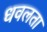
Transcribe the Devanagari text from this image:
धवलता